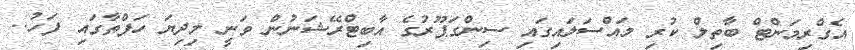
އެގްރިމަންޓް ބާތިލް ކުރި މައްސަލައިގައި ސިންގަޕޫރުގެ އާބިޓްރޭޝަނުން ވަނީ މިދިޔަ ހަފްތާގައި ފަހު..